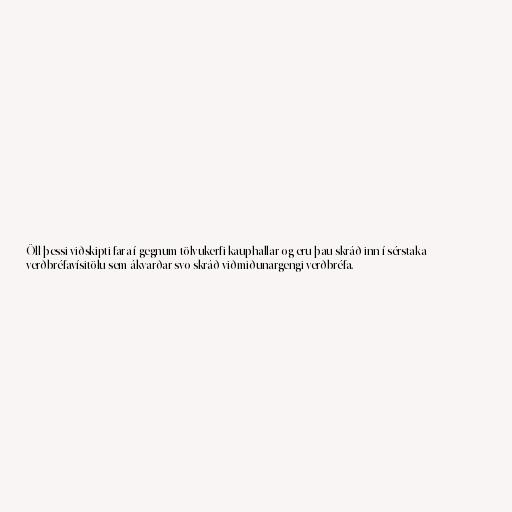
Öll þessi viðskipti fara í gegnum tölvukerfi kauphallar og eru þau skráð inn í sérstaka
verðbréfavísitölu sem ákvarðar svo skráð viðmiðunargengi verðbréfa.